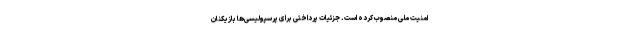
امنیت ملی منصوب کرده است. جزئیات پرداختی برای پرسپولیسی‌ها بازیکنان